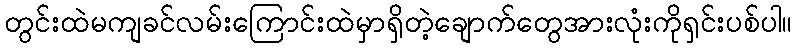
တွင်းထဲမကျခင်လမ်းကြောင်းထဲမှာရှိတဲ့ချောက်တွေအားလုံးကိုရှင်းပစ်ပါ။